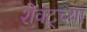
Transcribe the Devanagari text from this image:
शेवट्च्या